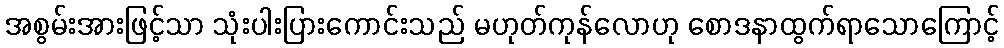
အစွမ်းအားဖြင့်သာ သုံးပါးပြားကောင်းသည် မဟုတ်ကုန်လောဟု စောဒနာထွက်ရာသောကြောင့်